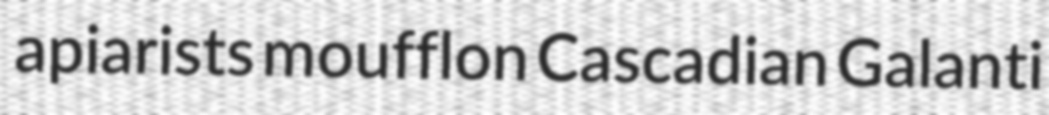
apiarists moufflon Cascadian Galanti